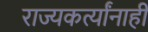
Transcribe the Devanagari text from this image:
राज्यकर्त्यांनाही